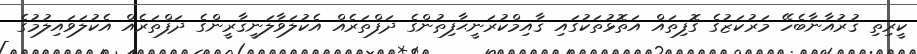
ކީރިތި ޤުރުއާނާބެހޭ މަރުކަޒުގެ ގޮފިތައް އަތޮޅުތަކުގައި ޤާއިމްކުރަނީޙާފިޡުންގެ ދަފްތަރެއް އެކުލަވާލަނީޤާރީންގެ ދަފްތަރެއް އެކުލަވައިލުމުގެ